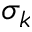
\sigma _ { k }